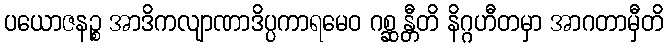
ပယောဇနဉ္စ အာဒိကလျာဏာဒိပ္ပကာရမေဝ ဂစ္ဆန္တီတိ နိဂ္ဂဟီတမှာ အာဂတာမှီတိ